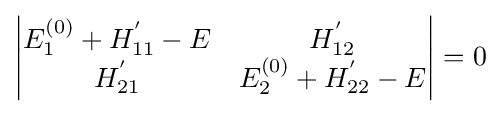
\left|{\begin{matrix}E_{1}^{(0)}+H_{11}^{'}-E&H_{12}^{'}\\H_{21}^{'}&E_{2}^{(0)}+H_{22}^{'}-E\\\end{matrix}}\right|=0